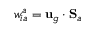
w _ { i a } ^ { a } = { \bf u } _ { g } \cdot { \bf S } _ { a }